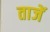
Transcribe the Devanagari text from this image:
ताजें